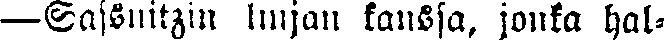
— Sassnitzin linjan kanssa, jonka hal-